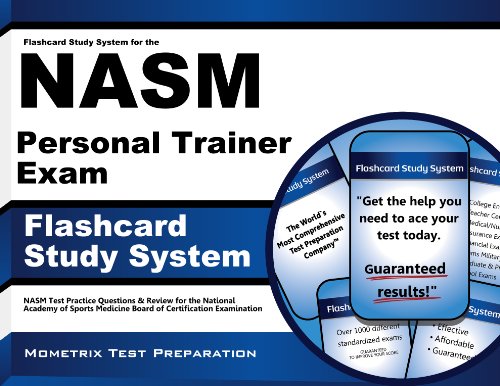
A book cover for Flashcard Study System for the NASM Personal Trainer Exam: NASM Test Practice Questions & Review for the National Academy of Sports Medicine Board of Certification Examination (Cards); NASM Exam Secrets Test Prep Team; Test Preparation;